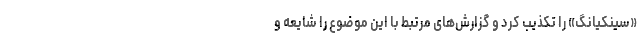
«سینکیانگ» را تکذیب کرد و گزارش‌های مرتبط با این موضوع را شایعه و